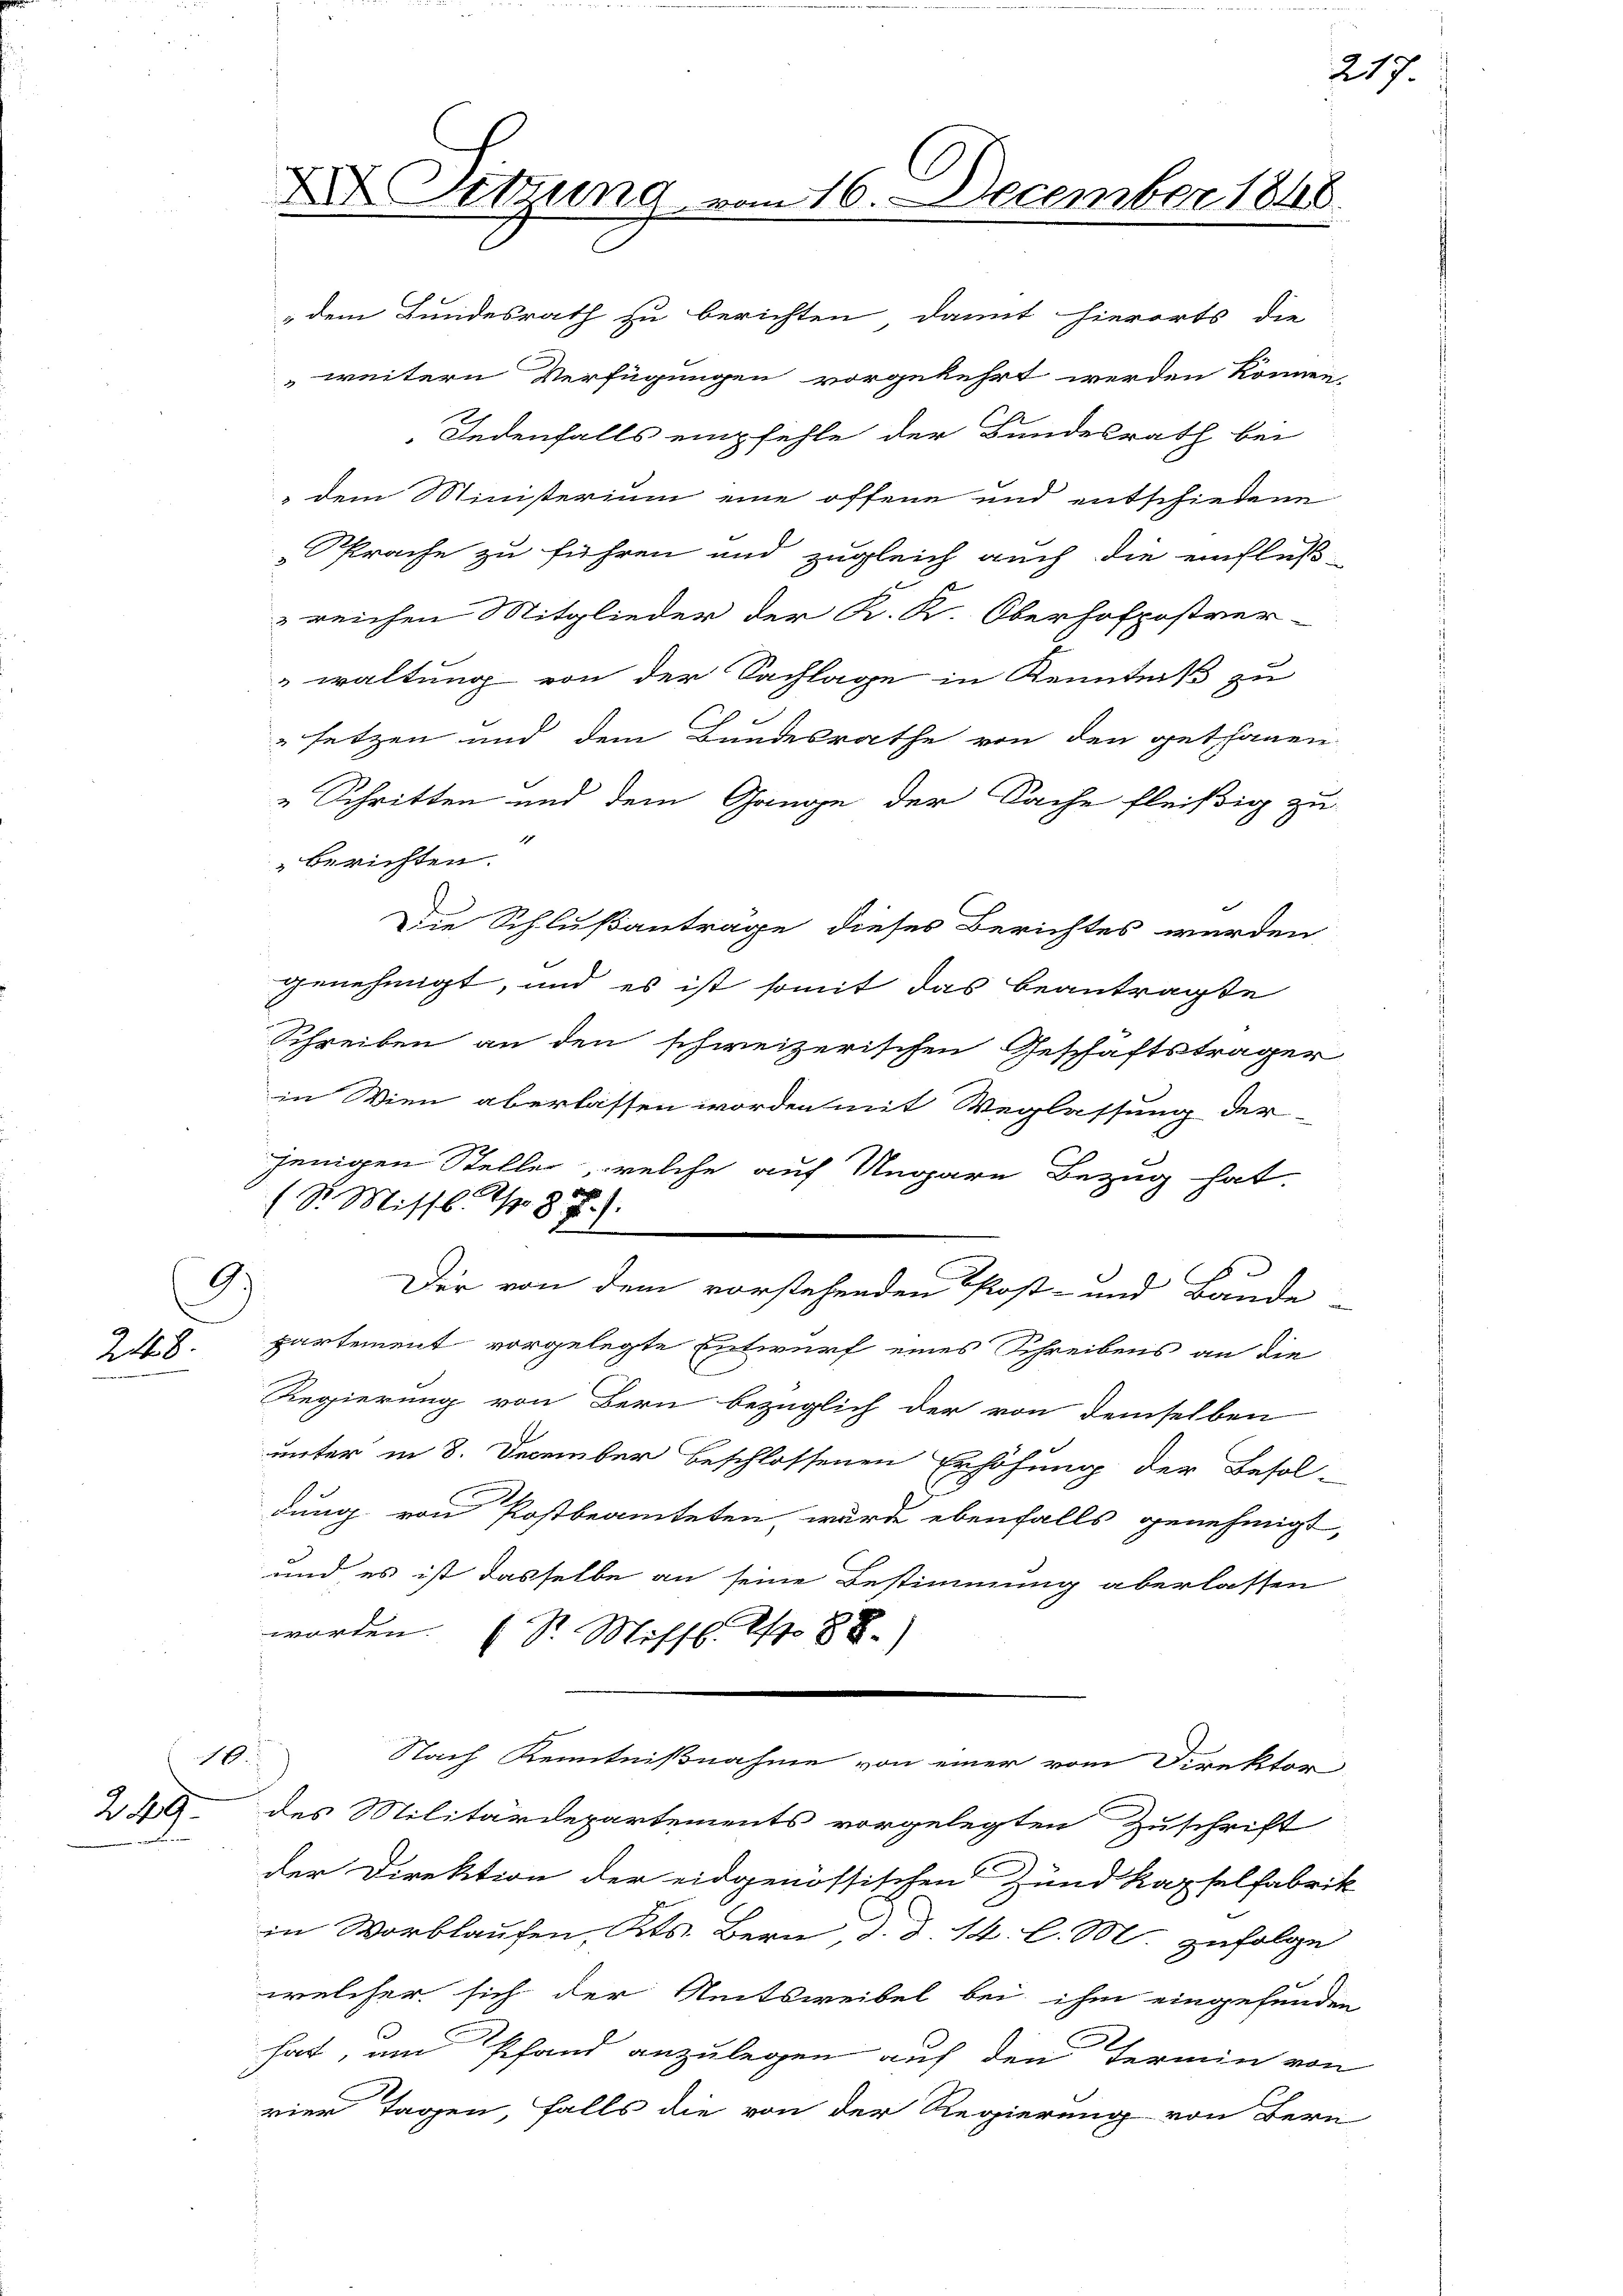
8
248.

2.19

16.

Sitzung vom 16. December 1848.

dem Bundesrath zu berichten damit hierorts die
weitern Verfügungen vorgekehrt werden können.
Jedenfalls empfehle der Bundesrath bei
" dem Ministerium eine offene und entschiedene
Sprache zu führen und zugleich auch die einfluß-
reichen Mitglieder der K. K. Oberhofpostver-
waltung von der Sachlage in Kenntniß zu
setzen und dem Bundesrathe von den gethanen
„Schritten und dem Gange der Sache fleißig zu
1
berichten.
Die Schlußantrage dieses Berichtes wurden,
genehmigt, und es ist somit das beantragte
Schreiben an den schweizerischen Geschäftsträger
in Wien aberlassen worden mit Weglassung der
jenigen Steller, welche auf Ungarn Bezug hat.
d
(Sr. Missl No 87).
Der von dem vorstehenden Post- und Baude
partement vorgelegte Entwurf eines Schreibens an die
Regierung von Bern bezüglich der von demselben
unter in 8. December beschlossenen Erhöhung der Besol-
dung von Postbeamteten, wurde ebenfalls genehmigt,
und es ist dasselbe an seine Bestimmung aberlassen
worden. Sr. Missl. M. 88.)
Nach Kenntnißnahme von einer vom Direktor
des Militärdepartements vorgelegten Zuschrift
der Direktion der eidgenössischen Hund Kapselfabrik
in Wortlaufen, Kts. Bern, d. d. 14. l. M. zufolge
welcher sich der Amtsweibel bei ihm eingefunden
hat, am Pfand anzulegen auf den Termin von
vier Tagen, falls die von der Regierung von Bern

217.